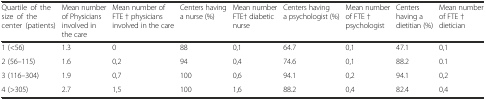
<table><thead><tr><td><b>Quartile of the size of the center (patients)</b></td><td><b>Mean number of Physicians involved in the care</b></td><td><b>Mean number of FTE † physicians involved in the care</b></td><td><b>Centers having a nurse (%)</b></td><td><b>Mean number FTE† diabetic nurse</b></td><td><b>Centers having a psychologist (%)</b></td><td><b>Mean number of FTE † psychologist</b></td><td><b>Centers having a dietitian (%)</b></td><td><b>Mean number of FTE † dietician</b></td></tr></thead><tbody><tr><td>1 (&lt;56)</td><td>1.3</td><td>0</td><td>88</td><td>0,1</td><td>64.7</td><td>0,1</td><td>47.1</td><td>0,1</td></tr><tr><td>2 (56–115)</td><td>1.6</td><td>0,2</td><td>94</td><td>0,4</td><td>74.6</td><td>0,1</td><td>88.2</td><td>0.1</td></tr><tr><td>3 (116–304)</td><td>1.9</td><td>0,7</td><td>100</td><td>0,6</td><td>94.1</td><td>0,2</td><td>94.1</td><td>0,2</td></tr><tr><td>4 (&gt;305)</td><td>2.7</td><td>1,5</td><td>100</td><td>1,6</td><td>88.2</td><td>0,4</td><td>82.4</td><td>0,4</td></tr></tbody></table>